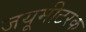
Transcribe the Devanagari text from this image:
जयूमीटरक